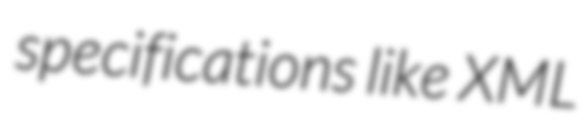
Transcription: specifications like XML